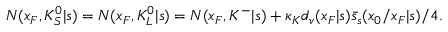
N ( x _ { F } , K _ { S } ^ { 0 } | s ) = N ( x _ { F } , K _ { L } ^ { 0 } | s ) = N ( x _ { F } , K ^ { - } | s ) + \kappa _ { K } d _ { v } ( x _ { F } | s ) \bar { s } _ { s } ( x _ { 0 } / x _ { F } | s ) / 4 .